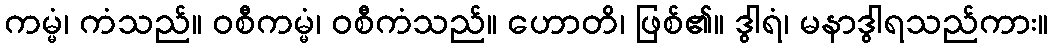
ကမ္မံ၊ ကံသည်။ ဝစီကမ္မံ၊ ဝစီကံသည်။ ဟောတိ၊ ဖြစ်၏။ ဒွါရံ၊ မနာဒွါရသည်ကား။